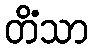
တိံသာ